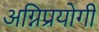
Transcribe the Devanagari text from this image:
अग्निप्रयोगी